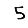
Digit: 5